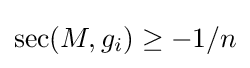
\sec(M,g_{i})\geq -1/n